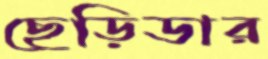
ছেড়িডার